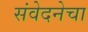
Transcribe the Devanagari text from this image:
संवेदनेचा